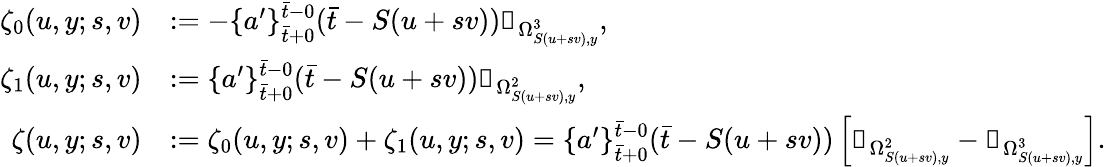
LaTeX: \begin{array}{rl}{\zeta_{0}(u,y;s,v)}&{:=-\{ a^{\prime}\} _{\bar{t}+0}^{\bar{t}-0}(\bar{t}-S(u+sv))\mathbb{1}_{\Omega_{S(u+sv),y}^{3}},}\\ {\zeta_{1}(u,y;s,v)}&{:=\{ a^{\prime}\} _{\bar{t}+0}^{\bar{t}-0}(\bar{t}-S(u+sv))\mathbb{1}_{\Omega_{S(u+sv),y}^{2}},}\\ {\zeta(u,y;s,v)}&{:=\zeta_{0}(u,y;s,v)+\zeta_{1}(u,y;s,v)=\{ a^{\prime}\} _{\bar{t}+0}^{\bar{t}-0}(\bar{t}-S(u+sv))\left[\mathbb{1}_{\Omega_{S(u+sv),y}^{2}}-\mathbb{1}_{\Omega_{S(u+sv),y}^{3}}\right].}\end{array}